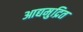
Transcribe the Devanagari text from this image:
आद्यमुद्रित